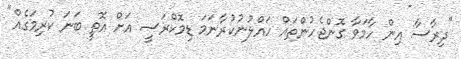
"ދިރާސާ އިން ހާމަވާ ގޮންޖެހުންތައް ހައްލުނުކުރާނަމަ ޑިމޮކްރަސީ އަށް އޮތީ ބަނަ ކުރިމަގެއް"